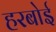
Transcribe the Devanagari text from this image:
हरबोई